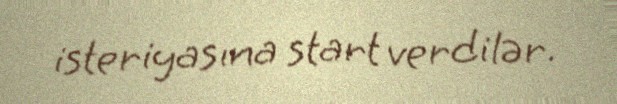
isteriyasına start verdilər.